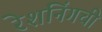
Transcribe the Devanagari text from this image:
रेशनिंगची